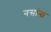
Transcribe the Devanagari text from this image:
नसांना